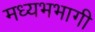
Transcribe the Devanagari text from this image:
मध्यभभागी